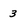
Character: 3